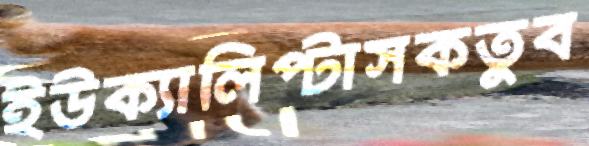
ইউক্যালিপ্টাসকতুব